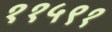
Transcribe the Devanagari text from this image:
११५९१